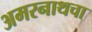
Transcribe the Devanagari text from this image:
अमरनाथचा